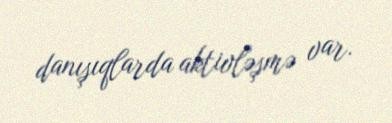
danışıqlarda aktivləşmə var.